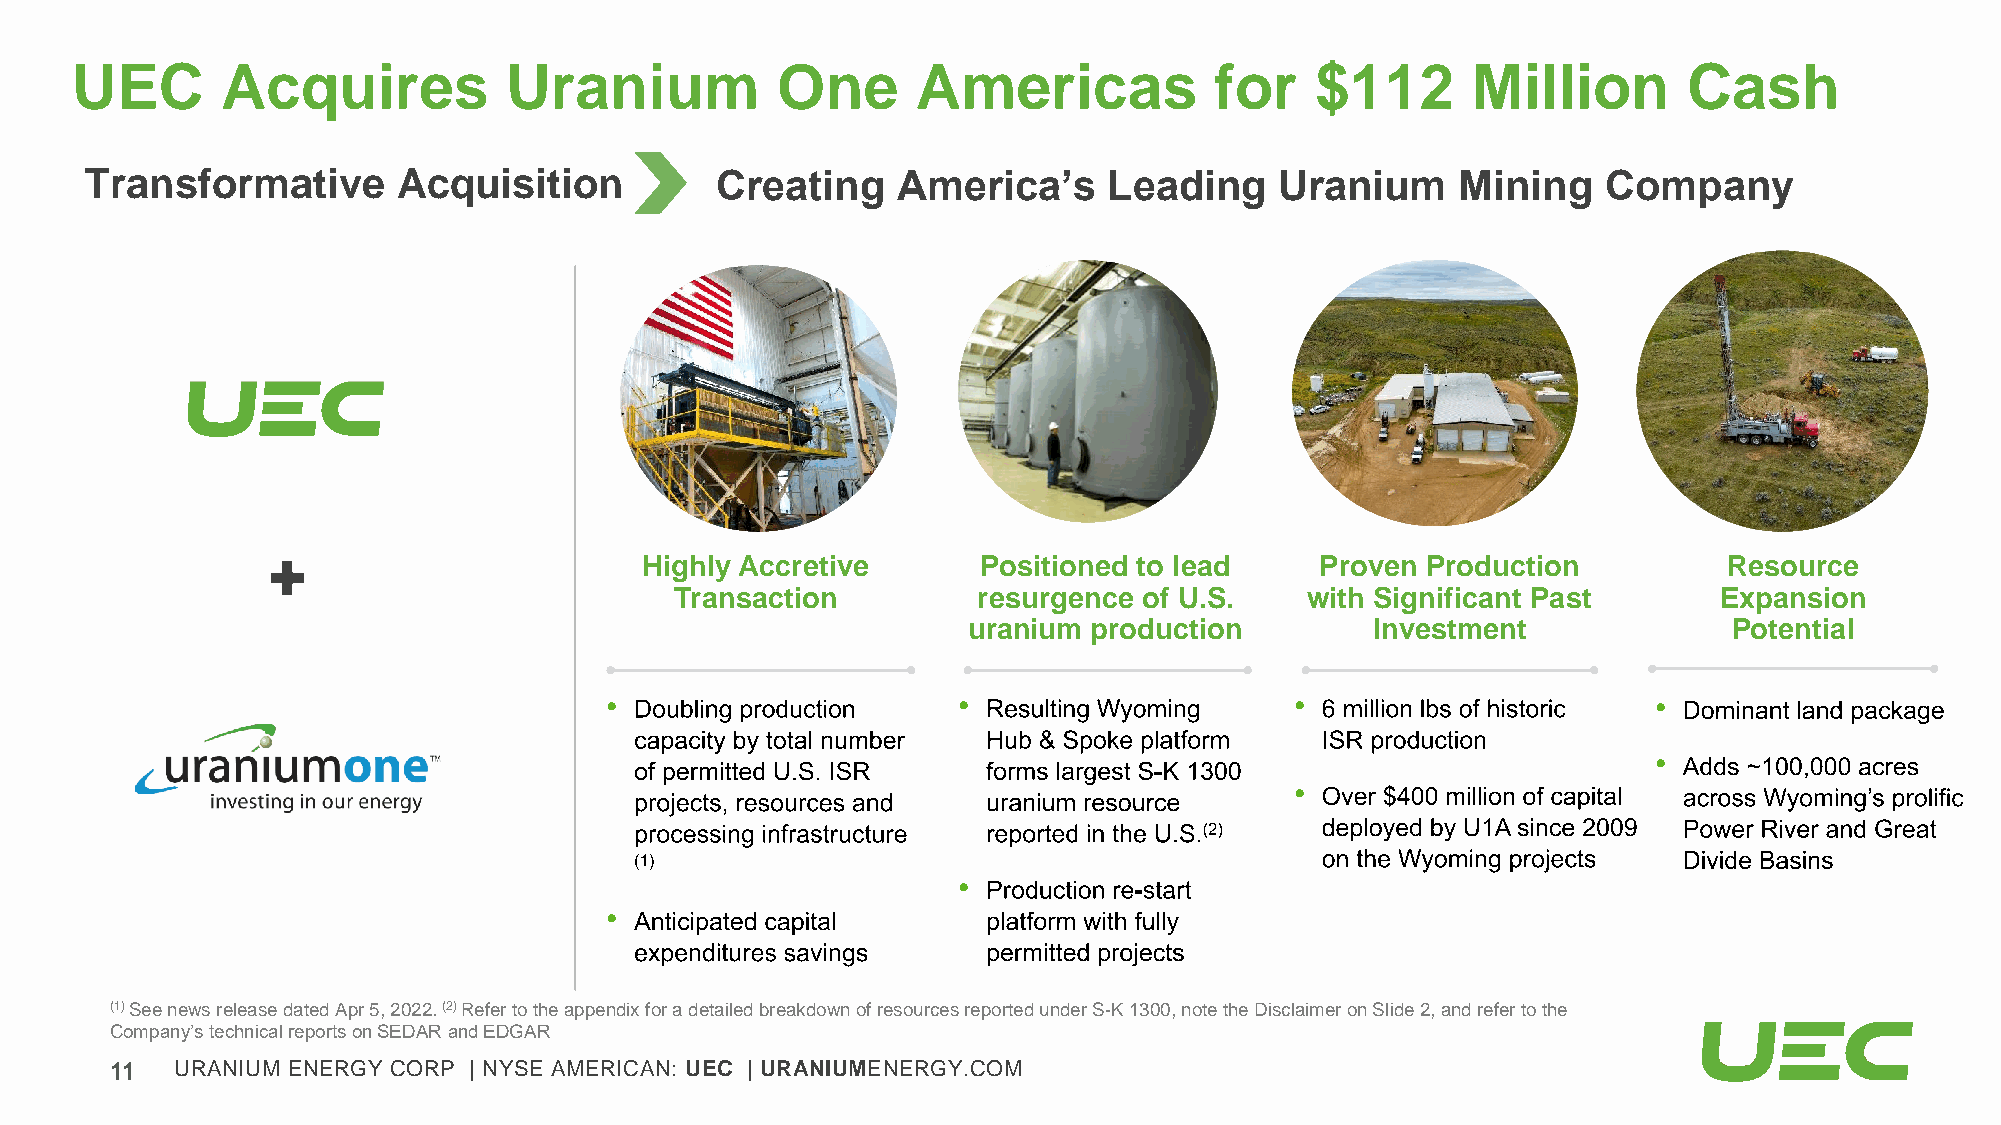
UEC       Acquires          Uranium           One       Americas           for    $112      Million        Cash
 Transformative      Acquisition          Creating    America’s     Leading     Uranium     Mining   Company
 Highly Accretive       Positioned to lead    Proven Production          Resource
 Transaction         resurgence of U.S.    with Significant Past      Expansion
 uranium production         Investment              Potential
 • Doubling production  • Resulting Wyoming    • 6 million lbs of historic • Dominant land package
 capacity by total number Hub & Spoke platform ISR production
 of permitted U.S. ISR  forms largest S-K 1300                      • Adds ~100,000 acres
 projects, resources and uranium resource    • Over $400 million of capital across Wyoming’s prolific
 processing infrastructure reported in the U.S.(2) deployed by U1A since 2009 Power River and Great
 (1)                                          on the Wyoming projects Divide Basins
 • Production re-start
 • Anticipated capital    platform with fully
 expenditures savings   permitted projects
 (1) See news release dated Apr 5, 2022. (2) Refer to the appendix for a detailed breakdown of resources reported under S-K 1300, note the Disclaimer on Slide 2, and refer to the
 Company’s technical reports on SEDAR and EDGAR
 11   URANIUM ENERGY CORP | NYSE AMERICAN: UEC | URANIUMENERGY.COM